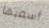
أسميها